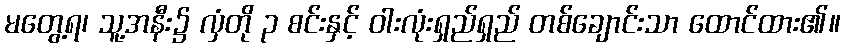
မတွေ့ရ၊ သူ့အနီး၌ လှံတို ၃ စင်းနှင့် ဝါးလုံးရှည်ရှည် တစ်ချောင်းသာ ထောင်ထား၏။